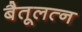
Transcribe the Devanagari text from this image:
बैतूलत्न